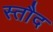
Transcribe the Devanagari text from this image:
स्तौद